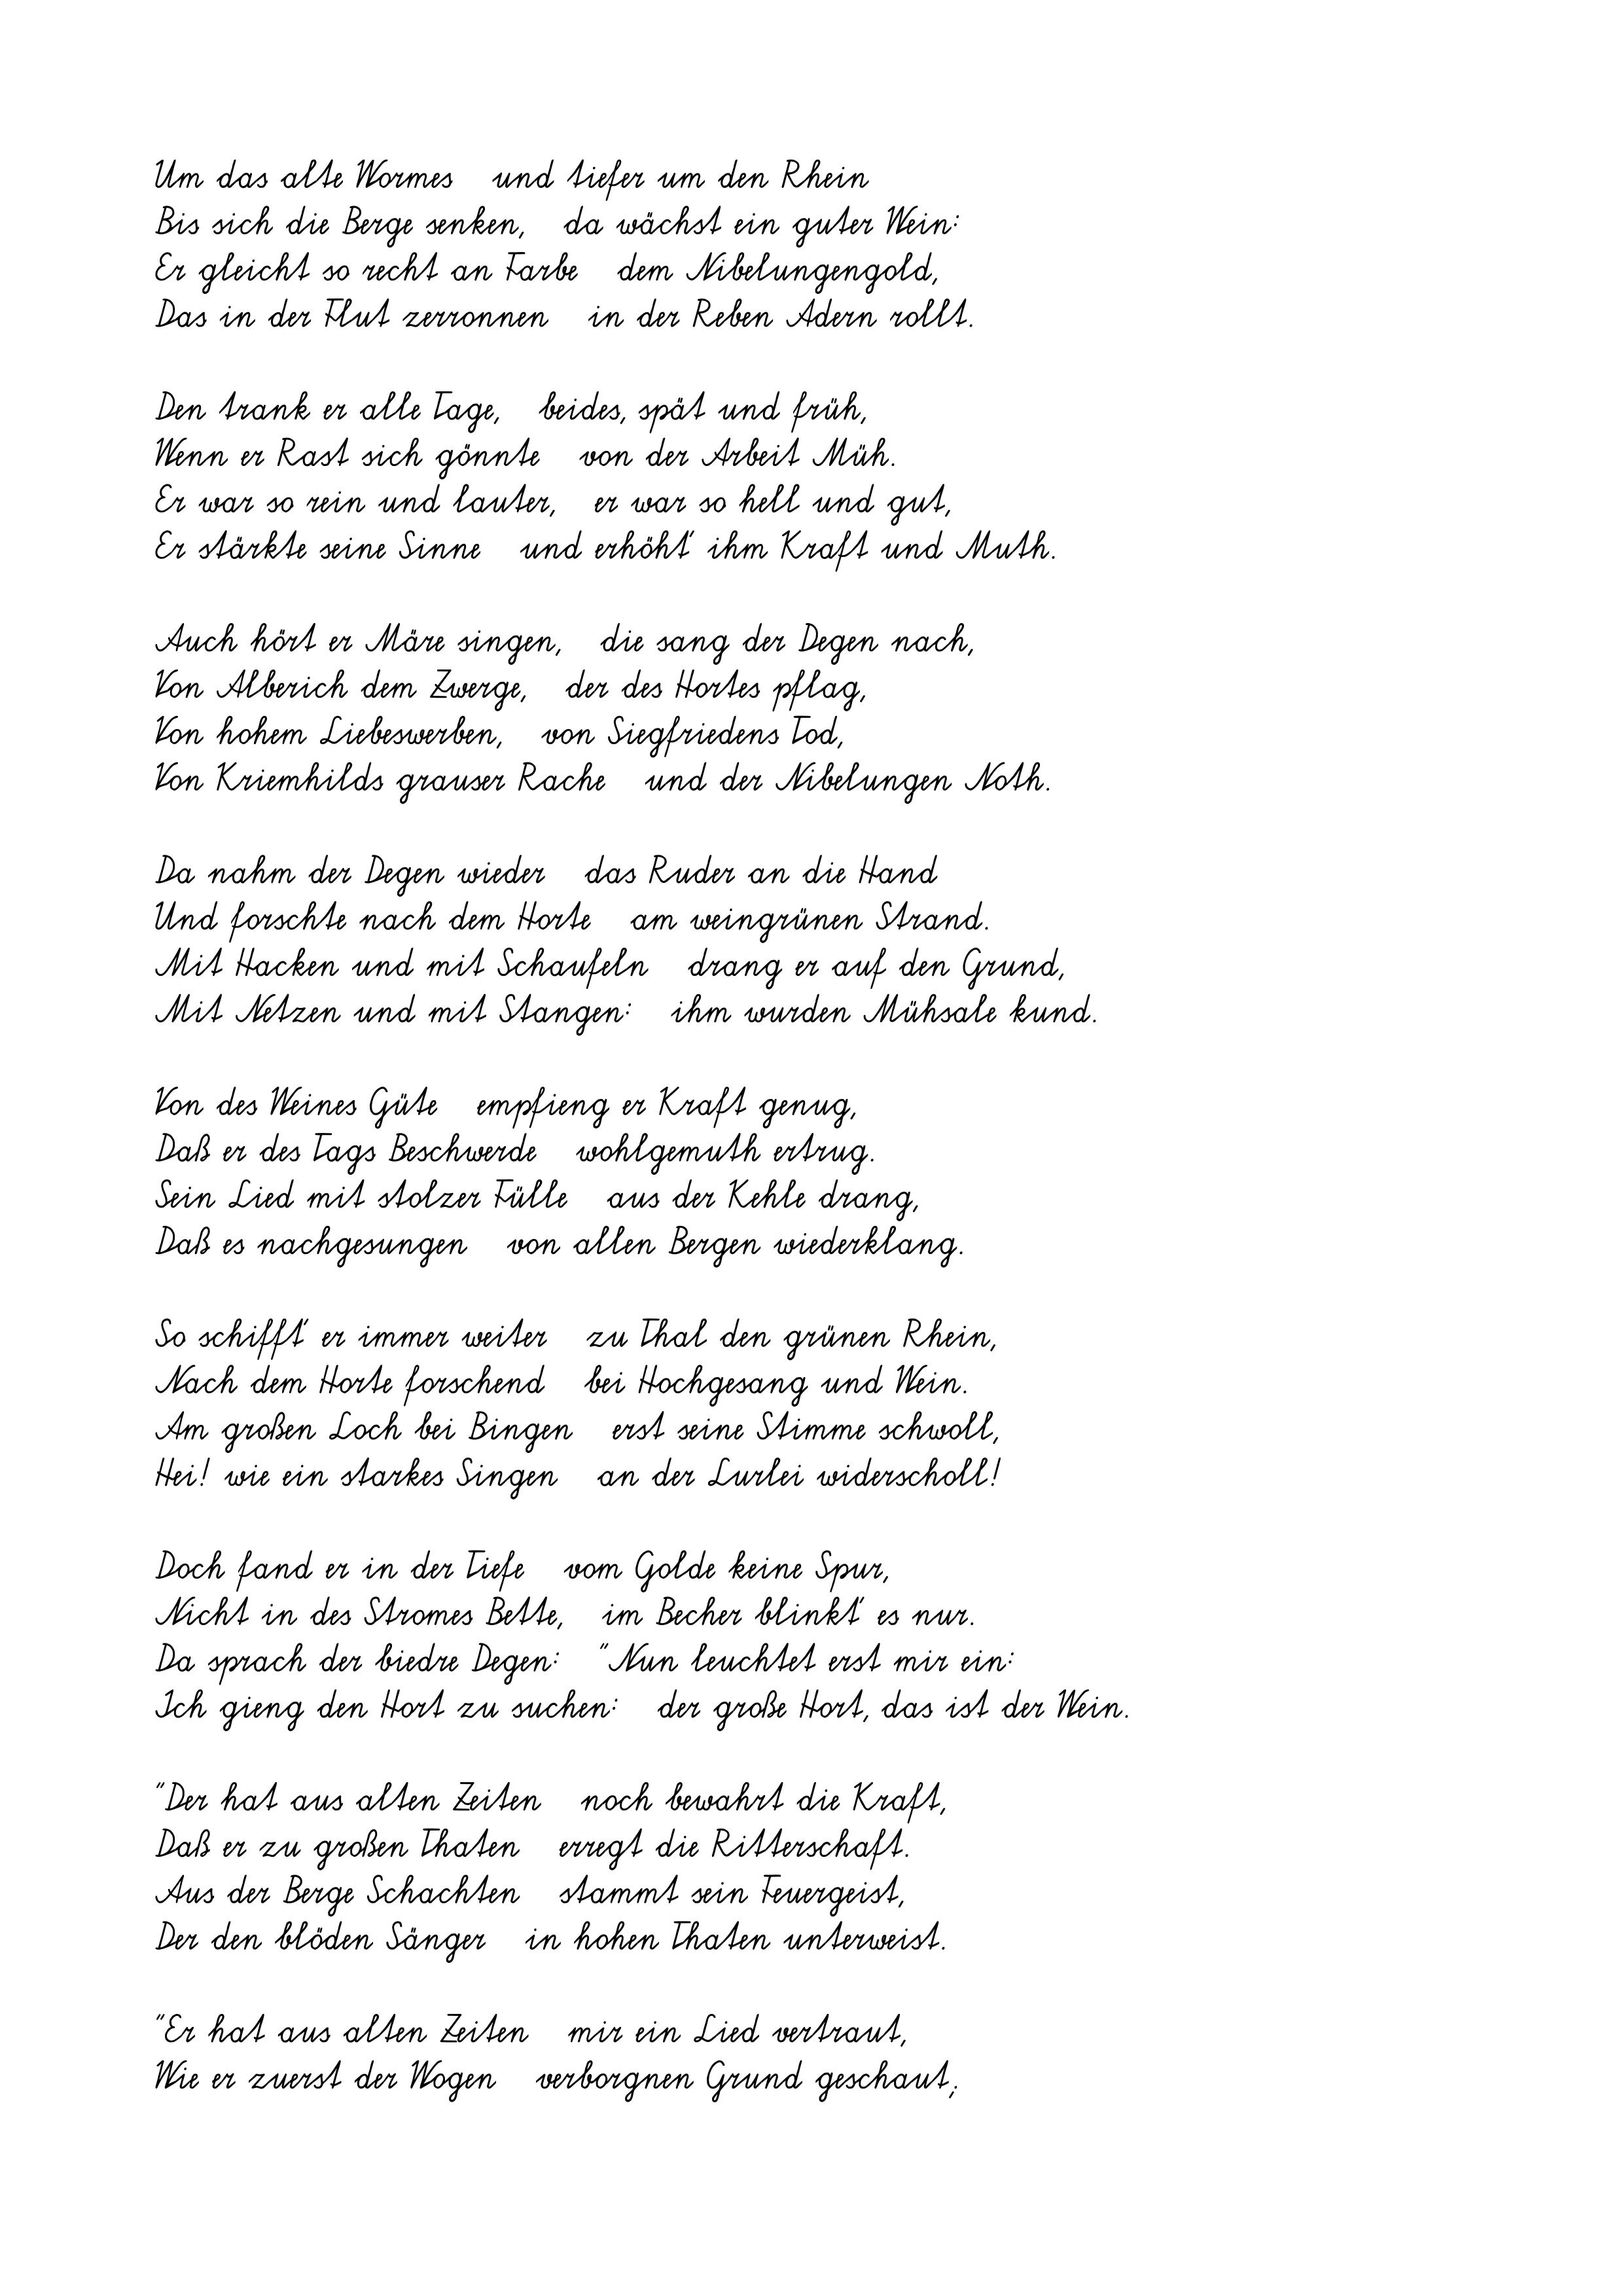
Um das alte Wormes   und tiefer um den Rhein
Bis sich die Berge senken,   da wächst ein guter Wein:
Er gleicht so recht an Farbe   dem Nibelungengold,
Das in der Flut zerronnen   in der Reben Adern rollt.
Den trank er alle Tage,   beides, spät und früh,
Wenn er Rast sich gönnte   von der Arbeit Müh.
Er war so rein und lauter,   er war so hell und gut,
Er stärkte seine Sinne   und erhöht' ihm Kraft und Muth.
Auch hört er Märe singen,   die sang der Degen nach,
Von Alberich dem Zwerge,   der des Hortes pflag,
Von hohem Liebeswerben,   von Siegfriedens Tod,
Von Kriemhilds grauser Rache   und der Nibelungen Noth.
Da nahm der Degen wieder   das Ruder an die Hand
Und forschte nach dem Horte   am weingrünen Strand.
Mit Hacken und mit Schaufeln   drang er auf den Grund,
Mit Netzen und mit Stangen:   ihm wurden Mühsale kund.
Von des Weines Güte   empfieng er Kraft genug,
Daß er des Tags Beschwerde   wohlgemuth ertrug.
Sein Lied mit stolzer Fülle   aus der Kehle drang,
Daß es nachgesungen   von allen Bergen wiederklang.
So schifft' er immer weiter
zu Thal den grünen Rhein,
Nach dem Horte forschend   bei Hochgesang und Wein.
Am großen Loch bei Bingen   erst seine Stimme schwoll,
Hei! wie ein starkes Singen   an der Lurlei widerscholl!
Doch fand er in der Tiefe   vom Golde keine Spur,
Nicht in des Stromes Bette,   im Becher blinkt' es nur.
Da sprach der biedre Degen:   "Nun leuchtet erst mir ein:
Ich gieng den Hort zu suchen:   der große Hort, das ist der Wein.
"Der hat aus alten Zeiten   noch bewahrt die Kraft,
Daß er zu großen Thaten   erregt die Ritterschaft.
Aus der Berge Schachten   stammt sein Feuergeist,
Der den blöden Sänger   in hohen Thaten unterweist.
"Er hat aus alten Zeiten   mir ein Lied vertraut,
Wie er zuerst der Wogen   verborgnen Grund geschaut;